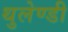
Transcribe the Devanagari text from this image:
थुलेण्डी